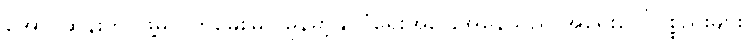
အောင်ဆန်းတပ်ဖွဲ့မှ ဝက်မွေးမြူ မြန်မာ့နိုင်ငံရေးအခြေအနေသည် အရေးပေါ်ပစ္စည်းများ